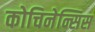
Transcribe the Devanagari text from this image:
कोचिनेन्सिस